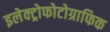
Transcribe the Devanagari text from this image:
इलेक्ट्रोफोटोग्राफिक